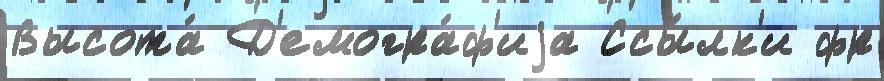
Высота́ Д'емогра́ф'иjа Ссы́лк'и фр